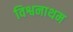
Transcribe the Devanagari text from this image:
विश्वनाथम